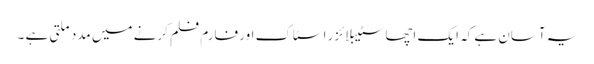
یہ آسان ہے کہ ایک اچھا سٹیبلائزر اسٹاک اور فارم فلم کرنے میں مدد ملتی ہے ۔